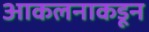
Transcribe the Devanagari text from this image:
आकलनाकडून